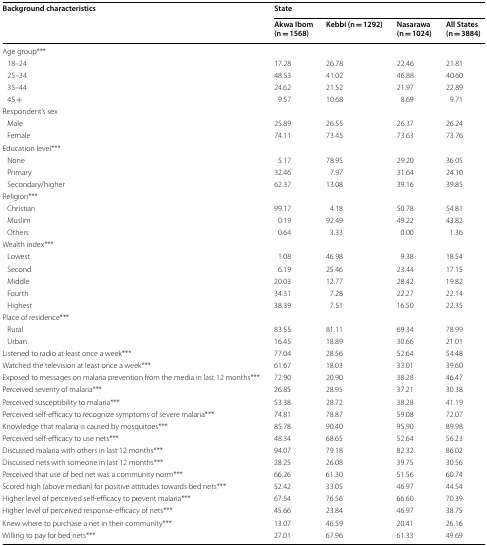
<table><thead><tr><td rowspan="2"><b>Background characteristics</b></td><td colspan="4"><b>State</b></td></tr><tr><td><b>Akwa Ibom (n = 1568)</b></td><td><b>Kebbi (n = 1292)</b></td><td><b>Nasarawa (n = 1024)</b></td><td><b>All States (n = 3884)</b></td></tr></thead><tbody><tr><td colspan="5">Age group***</td></tr><tr><td> 18–24</td><td>17.28</td><td>26.78</td><td>22.46</td><td>21.81</td></tr><tr><td> 25–34</td><td>48.53</td><td>41.02</td><td>46.88</td><td>40.60</td></tr><tr><td> 35–44</td><td>24.62</td><td>21.52</td><td>21.97</td><td>22.89</td></tr><tr><td> 45 +</td><td>9.57</td><td>10.68</td><td>8.69</td><td>9.71</td></tr><tr><td colspan="5">Respondent’s sex</td></tr><tr><td> Male</td><td>25.89</td><td>26.55</td><td>26.37</td><td>26.24</td></tr><tr><td> Female</td><td>74.11</td><td>73.45</td><td>73.63</td><td>73.76</td></tr><tr><td colspan="5">Education level***</td></tr><tr><td> None</td><td>5.17</td><td>78.95</td><td>29.20</td><td>36.05</td></tr><tr><td> Primary</td><td>32.46</td><td>7.97</td><td>31.64</td><td>24.10</td></tr><tr><td> Secondary/higher</td><td>62.37</td><td>13.08</td><td>39.16</td><td>39.85</td></tr><tr><td colspan="5">Religion***</td></tr><tr><td> Christian</td><td>99.17</td><td>4.18</td><td>50.78</td><td>54.81</td></tr><tr><td> Muslim</td><td>0.19</td><td>92.49</td><td>49.22</td><td>43.82</td></tr><tr><td> Others</td><td>0.64</td><td>3.33</td><td>0.00</td><td>1.36</td></tr><tr><td colspan="5">Wealth index***</td></tr><tr><td> Lowest</td><td>1.08</td><td>46.98</td><td>9.38</td><td>18.54</td></tr><tr><td> Second</td><td>6.19</td><td>25.46</td><td>23.44</td><td>17.15</td></tr><tr><td> Middle</td><td>20.03</td><td>12.77</td><td>28.42</td><td>19.82</td></tr><tr><td> Fourth</td><td>34.31</td><td>7.28</td><td>22.27</td><td>22.14</td></tr><tr><td> Highest</td><td>38.39</td><td>7.51</td><td>16.50</td><td>22.35</td></tr><tr><td colspan="5">Place of residence***</td></tr><tr><td> Rural</td><td>83.55</td><td>81.11</td><td>69.34</td><td>78.99</td></tr><tr><td> Urban</td><td>16.45</td><td>18.89</td><td>30.66</td><td>21.01</td></tr><tr><td>Listened to radio at least once a week***</td><td>77.04</td><td>28.56</td><td>52.64</td><td>54.48</td></tr><tr><td>Watched the television at least once a week***</td><td>61.67</td><td>18.03</td><td>33.01</td><td>39.60</td></tr><tr><td>Exposed to messages on malaria prevention from the media in last 12 months***</td><td>72.90</td><td>20.90</td><td>38.28</td><td>46.47</td></tr><tr><td>Perceived severity of malaria***</td><td>26.85</td><td>28.95</td><td>37.21</td><td>30.38</td></tr><tr><td>Perceived susceptibility to malaria***</td><td>53.38</td><td>28.72</td><td>38.28</td><td>41.19</td></tr><tr><td>Perceived self-efficacy to recognize symptoms of severe malaria***</td><td>74.81</td><td>78.87</td><td>59.08</td><td>72.07</td></tr><tr><td>Knowledge that malaria is caused by mosquitoes***</td><td>85.78</td><td>90.40</td><td>95.90</td><td>89.98</td></tr><tr><td>Perceived self-efficacy to use nets***</td><td>48.34</td><td>68.65</td><td>52.64</td><td>56.23</td></tr><tr><td>Discussed malaria with others in last 12 months***</td><td>94.07</td><td>79.18</td><td>82.32</td><td>86.02</td></tr><tr><td>Discussed nets with someone in last 12 months***</td><td>28.25</td><td>26.08</td><td>39.75</td><td>30.56</td></tr><tr><td>Perceived that use of bed net was a community norm***</td><td>66.26</td><td>61.30</td><td>51.56</td><td>60.74</td></tr><tr><td>Scored high (above median) for positive attitudes towards bed nets***</td><td>52.42</td><td>33.05</td><td>46.97</td><td>44.54</td></tr><tr><td>Higher level of perceived self-efficacy to prevent malaria***</td><td>67.54</td><td>76.56</td><td>66.60</td><td>70.39</td></tr><tr><td>Higher level of perceived response-efficacy of nets***</td><td>45.66</td><td>23.84</td><td>46.97</td><td>38.75</td></tr><tr><td>Knew where to purchase a net in their community***</td><td>13.07</td><td>46.59</td><td>20.41</td><td>26.16</td></tr><tr><td>Willing to pay for bed nets***</td><td>27.01</td><td>67.96</td><td>61.33</td><td>49.69</td></tr></tbody></table>